Calcutta medical institutions reports 1892-1900
Year: 1892
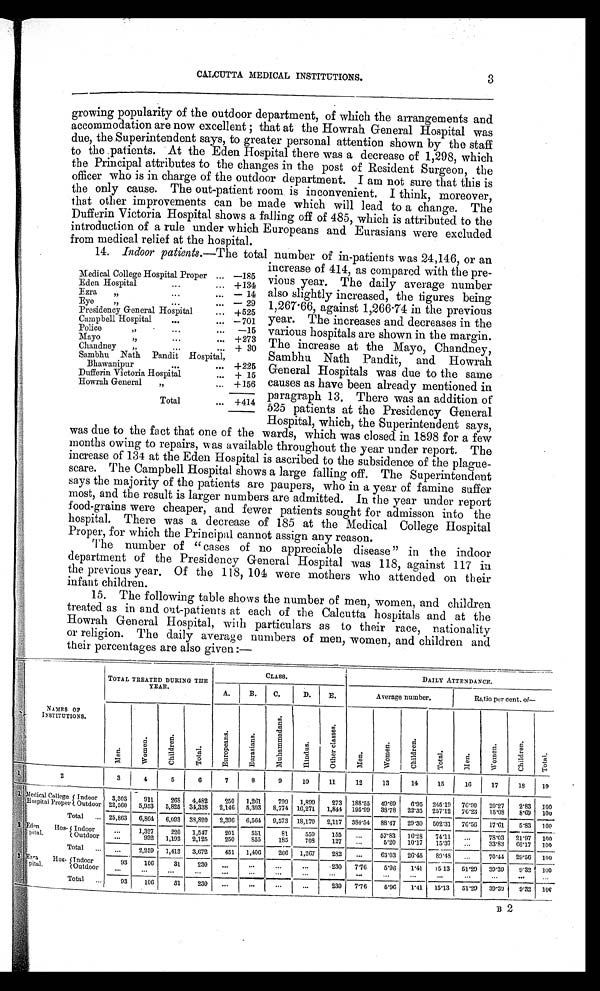
CALCUTTA MEDICAL INSTITUTIONS.
3
growing popularity of the outdoor department, of which the arrangements and
accommodation are now excellent; that at the Howrah General Hospital was
due, the Superintendent says, to greater personal attention shown by the staff
to the patients. At the Eden Hospital there was a decrease of 1,298, which
the Principal attributes to the changes in the post of Resident Surgeon, the
officer who is in charge of the outdoor department. I am not sure that this is
the only cause. The out-patient room is inconvenient. I think, moreover,
that other improvements can be made which will lead to a change. The
Dufferin Victoria Hospital shows a falling off of 485, which is attributed to the
introduction of a rule under which Europeans and Eurasians were excluded
from medical relief at the hospital.
14. Indoor patients. —The total number of in-patients was 24,146, or an
increase of 414, as compared with the pre-
vious year. The daily average number
also slightly increased, the figures being
1,267.66, against 1,266.74 in the previous
year. The increases and decreases in the
various hospitals are shown in the margin.
The increase at the Mayo, Chandney,
Sambhu Nath Pandit, and Howrah
General Hospitals was due to the same
causes as have been already mentioned in
paragraph 13. There was an addition of
525 patients at the Presidency General
Hospital, which, the Superintendent says,
was due to the fact that one of the wards, which was closed in 1898 for a few
months owing to repairs, was available throughout the year under report. The
increase of 134 at the Eden Hospital is ascribed to the subsidence of the plague-
scare. The Campbell Hospital shows a large falling off. The Superintendent
says the majority of the patients are paupers, who in a year of famine suffer
most, and the result is larger numbers are admitted. In the year under report
food-grains were cheaper, and fewer patients sought for admisson into the
hospital. There was a decrease of 185 at the Medical College Hospital
Proper, for which the Principal cannot assign any reason.
The number of "cases of no appreciable disease" in the indoor
department of the Presidency General Hospital was 118, against 117 in
the previous year. Of the 118, 101 were mothers who attended on their
infant children.
15. The following table shows the number of men, women, and children
treated as in and out-patients at each of the Calcutta hospitals and at the
Howrah General Hospital, with particulars as to their race, nationality
or religion. The daily average numbers of men, women, and children and
their percentages are also given:—
N A M E S O F
INSTITUTIONS.
TOTAL TREATED DURING THE
YEAR.
CLASS.
DAILY ATTENDANCE.
A.
B.
C.
D.
E.
Average number.
Ratio per cent. of
—
Men.
W o m e n .
Ch i l d r e n .
Tot al .
E u r o p e a n s .
E u r a s i a n s .
Mu h a mma d a n s .
Hi ndus.
Ot h e r c l a s s e s .
Men.
Women.
Chi l dr en.
Total.
Men.
Women.
C h i l d r e n .
Total.
1
2
3
4
5
6
7
8
9
10
11
12
13
14
15
16
17
18
19
1 Medical College
Hospital Proper
Indoor 3,303
911
268 4,482
250 1,261
799 1,899
273 188.55 49.69 6.95 245.19 76.90 20.27 2.83 100
Outdoor 22,560 5,953 5,825 34,338 2,146 5,303 8,774 16,271 1,844 195.99 38.78 22.35 257.12 76.23 15.08 8.69 100
Total ... 25,863 6,864 6,093 38,820 2,396 6,564 9,573 18,170 2,117 384.54 88.47 29.30 502.31 76.56 17.61 5.83 100
2 Eden Hos-
pital.
Indoor
. . . 1,327
220 1,547
201
551
81
559
155 ...
57.83 16.28 74.11 ...
78.03 21.97 100
Outdoor ...
932 1,193 2,125
250
855
185
708
127
. . .
5.20 10.17 15.37 ...
33.83
66.17 100
Total
. . . ...
2 , 2 5 9 1,413 3,672
451 1,406
266 1,267
282 ...
63.03 26.45 89.48 ...
70.44 29.56 100
3 Ezra Hos-
pital.
Indoor
93
106
31
230 ...
...
...
...
230 7.76
5.96 1.41 15.13 51.29 39.39
9.32 100
Outdoor
. . .
...
. . .
...
...
. . .
...
...
...
...
...
. . .
...
...
...
...
...
Total
. . .
93
106
31
230 ...
...
...
...
230 7.76
5.96 1.41 15.13
5 1 . 2 9 39.39
9.32 100
Medical College Hospital Proper ... —185
Eden Hospital
...
... +134
Ezra „
...
... — 14
Eye ,,
...
... — 29
Presidency General Hospital
... +525
Campbell Hospital
...
... —701
Police „
...
... —15
Mayo „
. . .
. . . +273
Chandney „
. . .
. . . + 30
Sambhu Nath Pandit Hospital,
Bhawanipur
...
... +225
Dufferin Victoria Hospital
... + 15
Howrah General „
... +156
Total
... +414
B 2